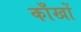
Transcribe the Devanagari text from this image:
काँखों